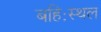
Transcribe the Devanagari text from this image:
बहिःस्थल